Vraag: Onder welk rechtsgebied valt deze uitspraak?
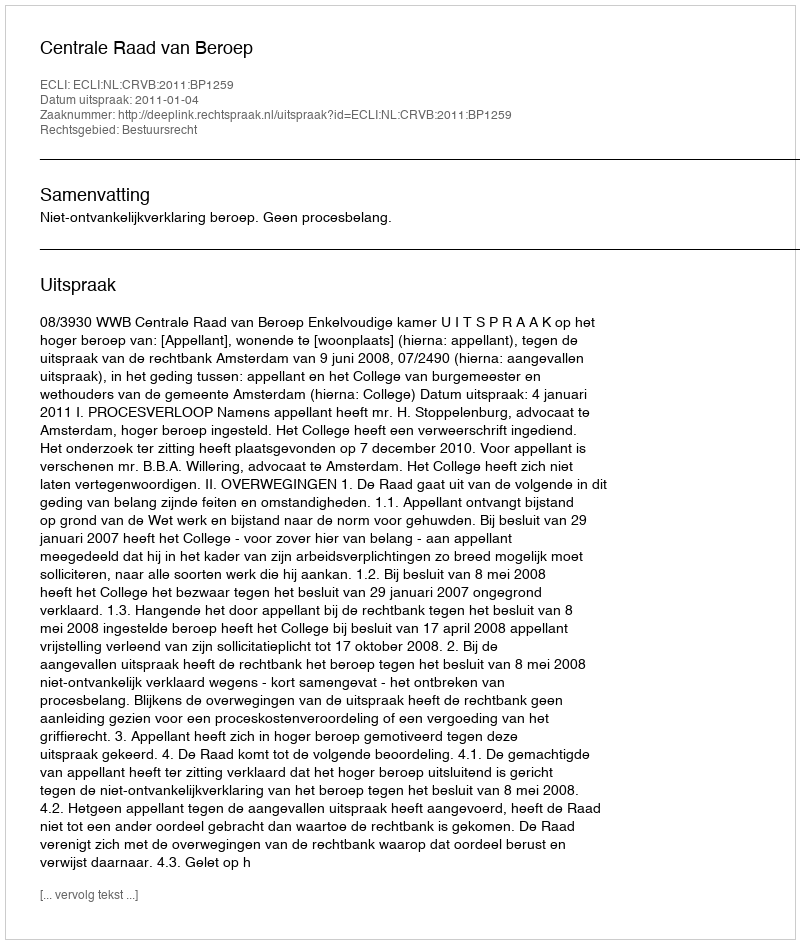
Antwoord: Bestuursrecht